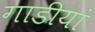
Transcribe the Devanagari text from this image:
गाडीयां